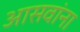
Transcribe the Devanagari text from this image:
आसवांना